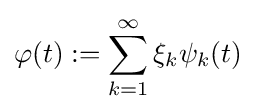
\varphi (t):=\sum _{k=1}^{\infty }\xi _{k}\psi _{k}(t)